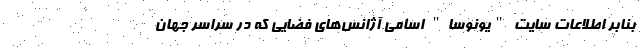
بنابر اطلاعات سایت "یونوسا" اسامی آژانس‌های فضایی که در سراسر جهان